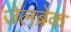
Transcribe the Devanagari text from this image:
जेलब्रेक